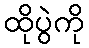
ထိုပွဲကို